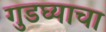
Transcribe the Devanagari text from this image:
गुडघ्याचा